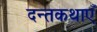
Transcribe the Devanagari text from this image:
दन्तकथाएँ